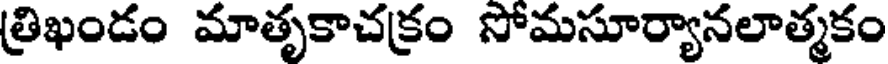
త్రిఖండం మాతృకాచక్రం సోమసూర్యానలాత్మకం